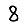
Digit: 8